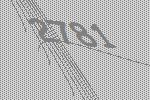
2781